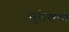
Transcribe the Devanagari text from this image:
सुलेखकों